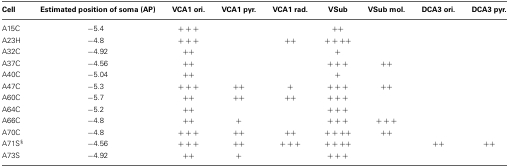
| Cell | Estimated position of soma (AP) | VCA1 ori. | VCA1 pyr. | VCA1 rad. | VSub | VSub mol. | DCA3 ori. | DCA3 pyr. |
 | --- | --- | --- | --- | --- | --- | --- | --- | --- |
 | A15C | −5.4 | +++ |  |  | ++ |  |  |  |
 | A23H | −4.8 | +++ |  | ++ | ++++ |  |  |  |
 | A32C | −4.92 | ++ |  |  | + |  |  |  |
 | A37C | −4.56 | ++ |  |  | +++ | ++ |  |  |
 | A40C | −5.04 | ++ |  |  | + |  |  |  |
 | A47C | −5.3 | +++ | ++ | + | +++ | ++ |  |  |
 | A60C | −5.7 | ++ | ++ | ++ | +++ |  |  |  |
 | A64C | −5.2 | ++ |  |  | +++ |  |  |  |
 | A66C | −4.8 | ++ | + |  | +++ | +++ |  |  |
 | A70C | −4.8 | +++ | ++ | ++ | ++++ | ++ |  |  |
 | A71S§ | −4.56 | +++ | ++ | +++ | ++++ |  | ++ | ++ |
 | A73S | −4.92 | ++ | + |  | +++ |  |  |  |